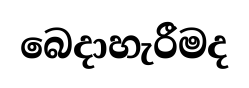
බෙදාහැරීමද